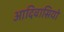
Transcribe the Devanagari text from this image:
आदिवासियो